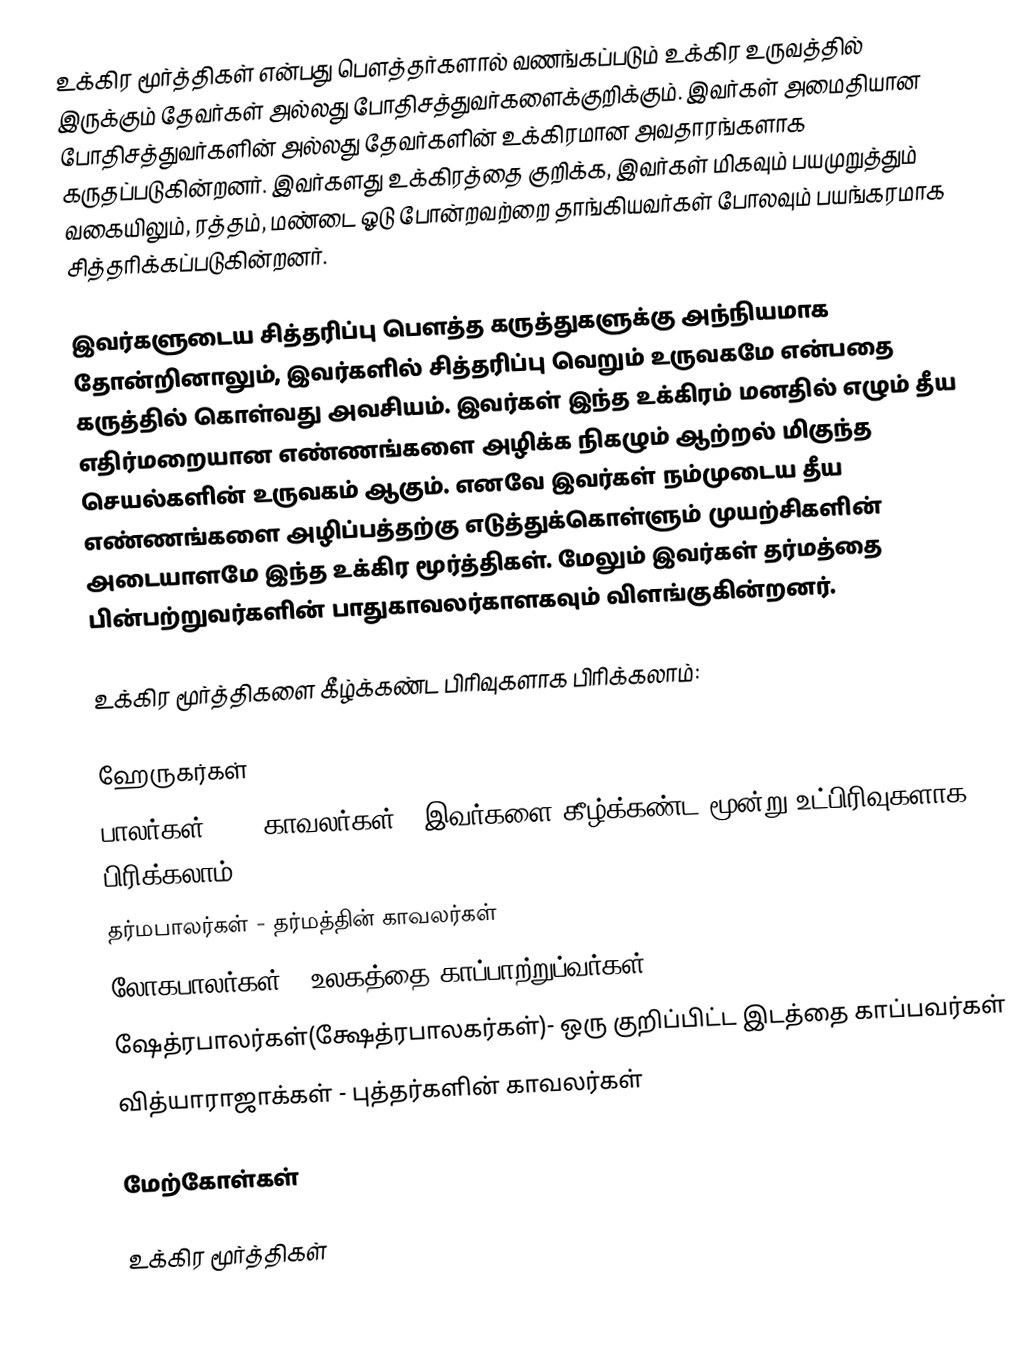
உக்கிர மூர்த்திகள்  என்பது பௌத்தர்களால் வணங்கப்படும் உக்கிர உருவத்தில் இருக்கும் தேவர்கள் அல்லது போதிசத்துவர்களைக்குறிக்கும். இவர்கள் அமைதியான போதிசத்துவர்களின் அல்லது தேவர்களின் உக்கிரமான அவதாரங்களாக கருதப்படுகின்றனர். இவர்களது உக்கிரத்தை குறிக்க, இவர்கள் மிகவும் பயமுறுத்தும் வகையிலும், ரத்தம், மண்டை ஓடு போன்றவற்றை தாங்கியவர்கள் போலவும் பயங்கரமாக சித்தரிக்கப்படுகின்றனர்.

இவர்களுடைய சித்தரிப்பு பௌத்த கருத்துகளுக்கு அந்நியமாக தோன்றினாலும், இவர்களில் சித்தரிப்பு வெறும் உருவகமே என்பதை கருத்தில் கொள்வது அவசியம். இவர்கள் இந்த உக்கிரம் மனதில் எழும் தீய எதிர்மறையான எண்ணங்களை அழிக்க நிகழும் ஆற்றல் மிகுந்த செயல்களின் உருவகம் ஆகும். எனவே இவர்கள் நம்முடைய தீய எண்ணங்களை அழிப்பத்தற்கு எடுத்துக்கொள்ளும் முயற்சிகளின் அடையாளமே இந்த உக்கிர மூர்த்திகள். மேலும் இவர்கள் தர்மத்தை பின்பற்றுவர்களின் பாதுகாவலர்காளகவும் விளங்குகின்றனர்.

உக்கிர மூர்த்திகளை கீழ்க்கண்ட பிரிவுகளாக பிரிக்கலாம்:

 ஹேருகர்கள்
 பாலர்கள்(पाल)(காவலர்கள்), இவர்களை கீழ்க்கண்ட மூன்று உட்பிரிவுகளாக பிரிக்கலாம்:
 தர்மபாலர்கள் - தர்மத்தின் காவலர்கள்
 லோகபாலர்கள் - உலகத்தை காப்பாற்றுப்வர்கள்
 ஷேத்ரபாலர்கள்(க்ஷேத்ரபாலகர்கள்)- ஒரு குறிப்பிட்ட இடத்தை காப்பவர்கள்
 வித்யாராஜாக்கள் - புத்தர்களின் காவலர்கள்

மேற்கோள்கள்

உக்கிர மூர்த்திகள்